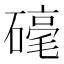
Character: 𮁀